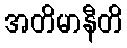
အတိမာနီတိ